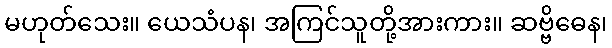
မဟုတ်သေး။ ယေသံပန၊ အကြင်သူတို့အားကား။ ဆဗ္ဗိဓေန၊